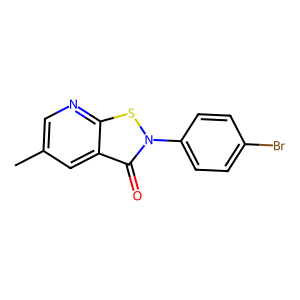
SMILES: Cc1cnc2sn(-c3ccc(Br)cc3)c(=O)c2c1
Inhibits HIV replication: No